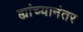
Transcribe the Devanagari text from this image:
ह्यांच्यानंतर